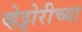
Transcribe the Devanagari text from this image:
व्हेट्टोरीच्या